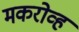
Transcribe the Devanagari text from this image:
मकरोव्ह